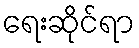
ရေးဆိုင်ရာ